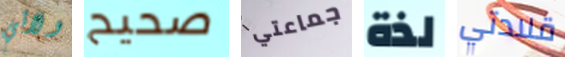
ولائي صحيح جماعتي لذة قلادتي